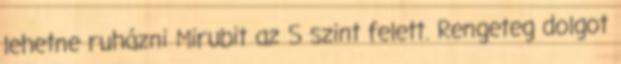
lehetne ruházni Mirubit az S szint felett. Rengeteg dolgot